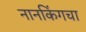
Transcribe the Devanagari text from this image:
नानकिंगचा